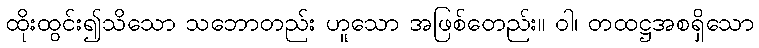
ထိုးထွင်း၍သိသော သဘောတည်း ဟူသော အဖြစ်တေည်း။ ဝါ၊ တထဋ္ဌအစရှိသော